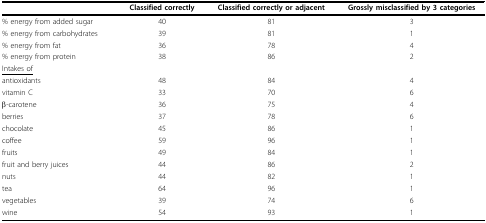
<table><thead><tr><td></td><td><b>Classified correctly</b></td><td><b>Classified correctly or adjacent</b></td><td><b>Grossly misclassified by 3 categories</b></td></tr></thead><tbody><tr><td>% energy from added sugar</td><td>40</td><td>81</td><td>3</td></tr><tr><td>% energy from carbohydrates</td><td>39</td><td>81</td><td>1</td></tr><tr><td>% energy from fat</td><td>36</td><td>78</td><td>4</td></tr><tr><td>% energy from protein</td><td>38</td><td>86</td><td>2</td></tr><tr><td><underline>Intakes of</underline></td><td></td><td></td><td></td></tr><tr><td>antioxidants</td><td>48</td><td>84</td><td>4</td></tr><tr><td>vitamin C</td><td>33</td><td>70</td><td>6</td></tr><tr><td>β-carotene</td><td>36</td><td>75</td><td>4</td></tr><tr><td>berries</td><td>37</td><td>78</td><td>6</td></tr><tr><td>chocolate</td><td>45</td><td>86</td><td>1</td></tr><tr><td>coffee</td><td>59</td><td>96</td><td>1</td></tr><tr><td>fruits</td><td>49</td><td>84</td><td>1</td></tr><tr><td>fruit and berry juices</td><td>44</td><td>86</td><td>2</td></tr><tr><td>nuts</td><td>44</td><td>82</td><td>1</td></tr><tr><td>tea</td><td>64</td><td>96</td><td>1</td></tr><tr><td>vegetables</td><td>39</td><td>74</td><td>6</td></tr><tr><td>wine</td><td>54</td><td>93</td><td>1</td></tr></tbody></table>